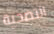
التضحية